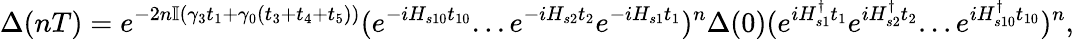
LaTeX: \Delta(nT)=e^{-2n\mathbb{I}(\gamma_{3}t_{1}+\gamma_{0}(t_{3}+t_{4}+t_{5}))}(e^{-iH_{s10}t_{10}}...e^{-iH_{s2}t_{2}}e^{-iH_{s1}t_{1}})^{n}\Delta(0)(e^{iH_{s1}^{\dagger}t_{1}}e^{iH_{s2}^{\dagger}t_{2}}...e^{iH_{s10}^{\dagger}t_{10}})^{n},